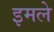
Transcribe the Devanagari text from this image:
इमले